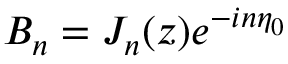
B _ { n } = J _ { n } ( z ) e ^ { - i n \eta _ { 0 } }